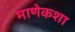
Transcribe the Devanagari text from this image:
माणेकशा